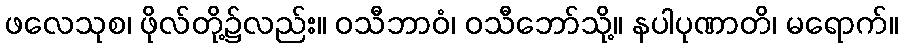
ဖလေသုစ၊ ဖိုလ်တို့၌လည်း။ ဝသီဘာဝံ၊ ဝသီဘော်သို့။ နပါပုဏာတိ၊ မရောက်။